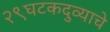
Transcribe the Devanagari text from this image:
२९घटकदुव्याचे